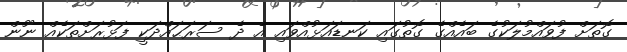
ގޮތަށް ފުވައްމުލަކުގެ ބައެއްގެ ގޮތުގައި ކަނޑައަޅުއްވައި އެ ދެ ސަރަޙައްދަކީ ފަޅުރަށްތަކެއް ނޫން